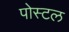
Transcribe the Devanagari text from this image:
पोस्‍टल